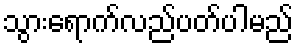
သွားရောက်လည်ပတ်ပါမည်